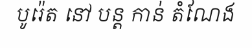
បូរ៉េត នៅ បន្ត កាន់ តំណែង